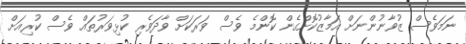
ނަމަވެސް ޒުވާނުންނަށް އަމާޒުކޮށްގެން ކޮންމެ ވެސް ވަރަކަށް ވާދަވެރި ކުޅިވަރުތައް ވެސް ކުރިއަށް